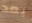
بعد